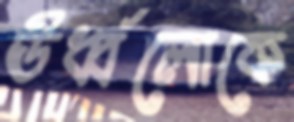
ঊর্ধ্বলোকে